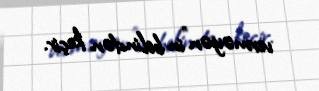
verməyən”in belindən keçir.